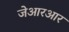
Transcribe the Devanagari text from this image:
जेआरआर